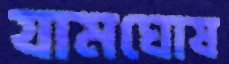
যামঘোষ